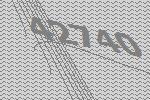
42740